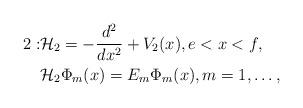
LaTeX: \begin{align*}\ 2:&\mathcal{H}_2=-\frac{d^2}{dx^2}+V_2(x),e<x<f,\\ &\mathcal{H}_2\Phi_m(x)={E}_m\Phi_m(x),m=1,\ldots, \end{align*}